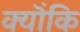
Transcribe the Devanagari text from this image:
क्यॊंकि